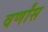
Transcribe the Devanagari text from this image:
वर्णांस